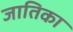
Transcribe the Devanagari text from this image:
जातिका